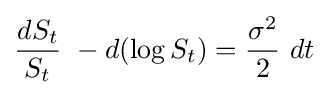
{\frac {dS_{t}}{S_{t}}}\ -d(\log S_{t})={\frac {\sigma ^{2}}{2}}\ dt